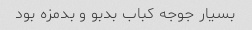
بسیار جوجه کباب بدبو و بدمزه بود